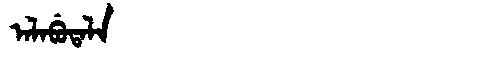
Manchu: ᠠᠯᠠᠪᡠᡨᠠᠯᠠ
Romanization: ALABUTALA